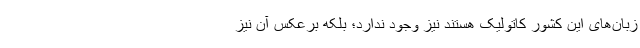
زبان‌های این کشور کاتولیک هستند نیز وجود ندارد؛ بلکه برعکس آن نیز